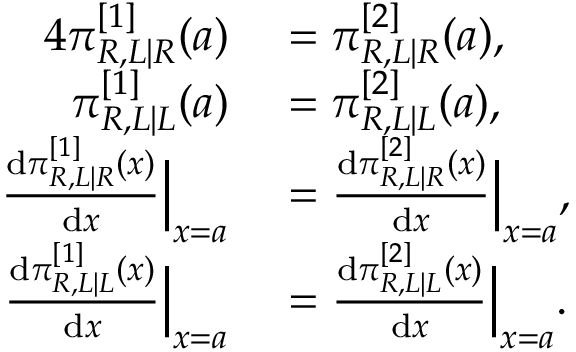
\begin{array} { r l } { { 4 } \pi _ { R , L | R } ^ { [ 1 ] } ( a ) } & { { } = \pi _ { R , L | R } ^ { [ 2 ] } ( a ) , } \\ { \pi _ { R , L | L } ^ { [ 1 ] } ( a ) } & { { } = \pi _ { R , L | L } ^ { [ 2 ] } ( a ) , } \\ { \frac { \mathrm { d } \pi _ { R , L | R } ^ { [ 1 ] } ( x ) } { \mathrm { d } x } \Big | _ { x = a } } & { { } = \frac { \mathrm { d } \pi _ { R , L | R } ^ { [ 2 ] } ( x ) } { \mathrm { d } x } \Big | _ { x = a } , } \\ { \frac { \mathrm { d } \pi _ { R , L | L } ^ { [ 1 ] } ( x ) } { \mathrm { d } x } \Big | _ { x = a } } & { { } = \frac { \mathrm { d } \pi _ { R , L | L } ^ { [ 2 ] } ( x ) } { \mathrm { d } x } \Big | _ { x = a } . } \end{array}